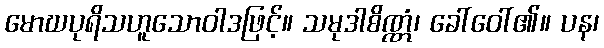
မောဃပုရိသဟူသောဝါဒဖြင့်။ သမုဒါစိဏ္ဏံ၊ ခေါ်ဝေါ်၏။ ပန၊